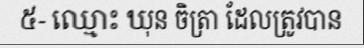
៥- ឈ្មោះ ឃុន ចិត្រា ដែលត្រូវបាន